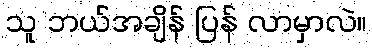
သူ ဘယ်အချိန် ပြန် လာမှာလဲ။